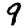
Digit: 9